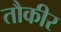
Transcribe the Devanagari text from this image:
तौकीर